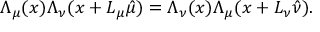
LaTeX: \Lambda _ { \mu } ( x ) \Lambda _ { \nu } ( x + L _ { \mu } \hat { \mu } ) = \Lambda _ { \nu } ( x ) \Lambda _ { \mu } ( x + L _ { \nu } \hat { \nu } ) .